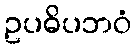
ဥပဓိပဘဝံ